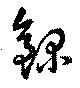
録